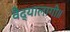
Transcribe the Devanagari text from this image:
वैद्यालागी॥